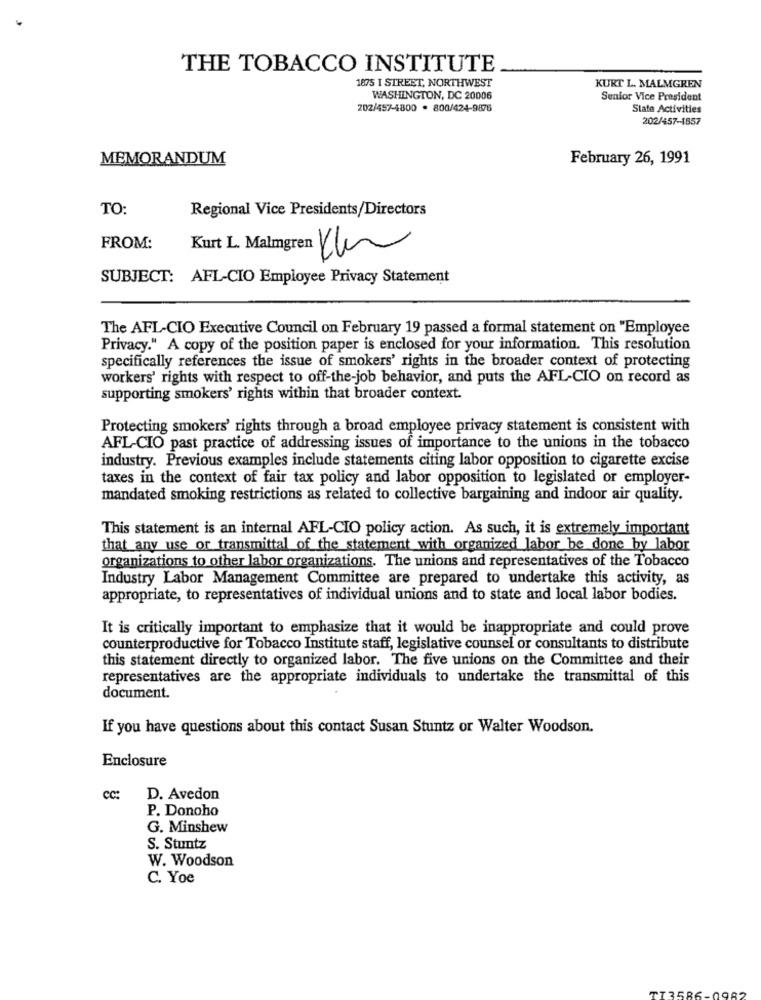
THE TOBACCO INSTITUTE
1875 I STREET, NORTHWEST
KURT L. MALMGREN
WASHINGTON, DC 20006
Senior Vice President
202/457-4800 . 800/424-9876
State Activities
202/457-1857
MEMORANDUM
February 26, 1991
TO:
Regional Vice Presidents/Directors
FROM:
SUBJECT: AFL-CIO Employee Privacy Statement
The AFL-CIO Executive Council on February 19 passed a formal statement on "Employee
Privacy." A copy of the position paper is enclosed for your information. This resolution
specifically references the issue of smokers' rights in the broader context of protecting
workers' rights with respect to off-the-job behavior, and puts the AFL-CIO on record as
supporting smokers' rights within that broader context.
Protecting smokers' rights through a broad employee privacy statement is consistent with
AFL-CIO past practice of addressing issues of importance to the unions in the tobacco
industry. Previous examples include statements citing labor opposition to cigarette excise
taxes in the context of fair tax policy and labor opposition to legislated or employer-
mandated smoking restrictions as related to collective bargaining and indoor air quality.
This statement is an internal AFL-CIO policy action. As such, it is extremely important
that any use or transmittal of the statement with organized labor be done by labor
organizations to other labor organizations. The unions and representatives of the Tobacco
Industry Labor Management Committee are prepared to undertake this activity, as
appropriate, to representatives of individual unions and to state and local labor bodies.
It is critically important to emphasize that it would be inappropriate and could prove
counterproductive for Tobacco Institute staff, legislative counsel or consultants to distribute
this statement directly to organized labor. The five unions on the Committee and their
representatives are the appropriate individuals to undertake the transmittal of this
document.
If you have questions about this contact Susan Stuntz or Walter Woodson.
Enclosure
cc:
D. Avedon
P. Donoho
G. Minshew
S. Stuntz
W. Woodson
C. Yoe
TT3586-0982